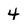
Character: 4